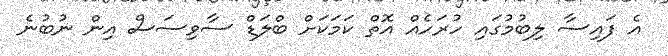
އެ ފައިސާ ލިބުމުގައި ހުރަހެއް އޮތް ކަމަކަށް ބްލަޑް ސާވިސަސް އިން ނުބުނެ